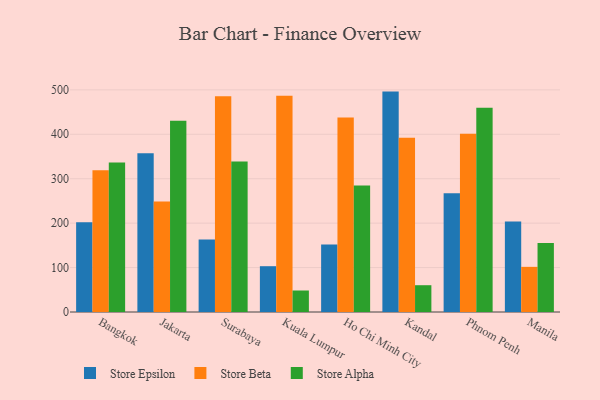
{"axis": {"x": "City", "y": "Page Views"}, "legend": ["Store Alpha", "Store Beta", "Store Epsilon"], "data": [{"x": "Bangkok", "y": 202.1, "type": "Store Epsilon"}, {"x": "Bangkok", "y": 318.8, "type": "Store Beta"}, {"x": "Bangkok", "y": 336.4, "type": "Store Alpha"}, {"x": "Jakarta", "y": 357.5, "type": "Store Epsilon"}, {"x": "Jakarta", "y": 248.6, "type": "Store Beta"}, {"x": "Jakarta", "y": 430.7, "type": "Store Alpha"}, {"x": "Surabaya", "y": 163.1, "type": "Store Epsilon"}, {"x": "Surabaya", "y": 485.9, "type": "Store Beta"}, {"x": "Surabaya", "y": 338.8, "type": "Store Alpha"}, {"x": "Kuala Lumpur", "y": 103.1, "type": "Store Epsilon"}, {"x": "Kuala Lumpur", "y": 486.5, "type": "Store Beta"}, {"x": "Kuala Lumpur", "y": 48.4, "type": "Store Alpha"}, {"x": "Ho Chi Minh City", "y": 151.8, "type": "Store Epsilon"}, {"x": "Ho Chi Minh City", "y": 437.6, "type": "Store Beta"}, {"x": "Ho Chi Minh City", "y": 284.7, "type": "Store Alpha"}, {"x": "Kandal", "y": 496.1, "type": "Store Epsilon"}, {"x": "Kandal", "y": 392.2, "type": "Store Beta"}, {"x": "Kandal", "y": 60.3, "type": "Store Alpha"}, {"x": "Phnom Penh", "y": 267.2, "type": "Store Epsilon"}, {"x": "Phnom Penh", "y": 401.5, "type": "Store Beta"}, {"x": "Phnom Penh", "y": 459.9, "type": "Store Alpha"}, {"x": "Manila", "y": 203.6, "type": "Store Epsilon"}, {"x": "Manila", "y": 101.6, "type": "Store Beta"}, {"x": "Manila", "y": 155.2, "type": "Store Alpha"}]}